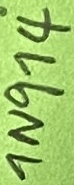
Text: 1N914